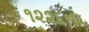
૧૨૨૬ના